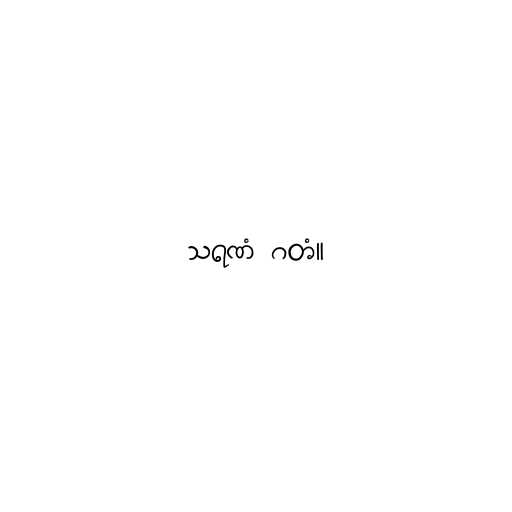
သရဏံ ဂတံ။